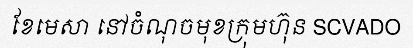
ខែមេសា នៅចំណុចមុខក្រុមហ៊ុន SCVADO